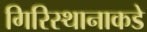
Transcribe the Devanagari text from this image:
गिरिस्थानाकडे